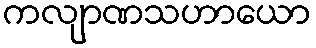
ကလျာဏသဟာယော